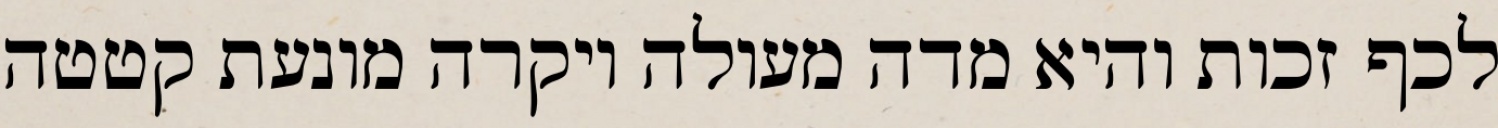
לכף זכות והיא מדה מעולה ויקרה מונעת קטטה